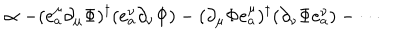
\propto - ( e _ { a } ^ { \mu } \partial _ { \mu } \Phi ) ^ { \dagger } ( e _ { a } ^ { \nu } \partial _ { \nu } \Phi ) - ( \partial _ { \mu } \Phi e _ { a } ^ { \mu } ) ^ { \dagger } ( \partial _ { \nu } \Phi e _ { a } ^ { \nu } ) - \cdots